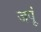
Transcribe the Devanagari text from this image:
जपूं